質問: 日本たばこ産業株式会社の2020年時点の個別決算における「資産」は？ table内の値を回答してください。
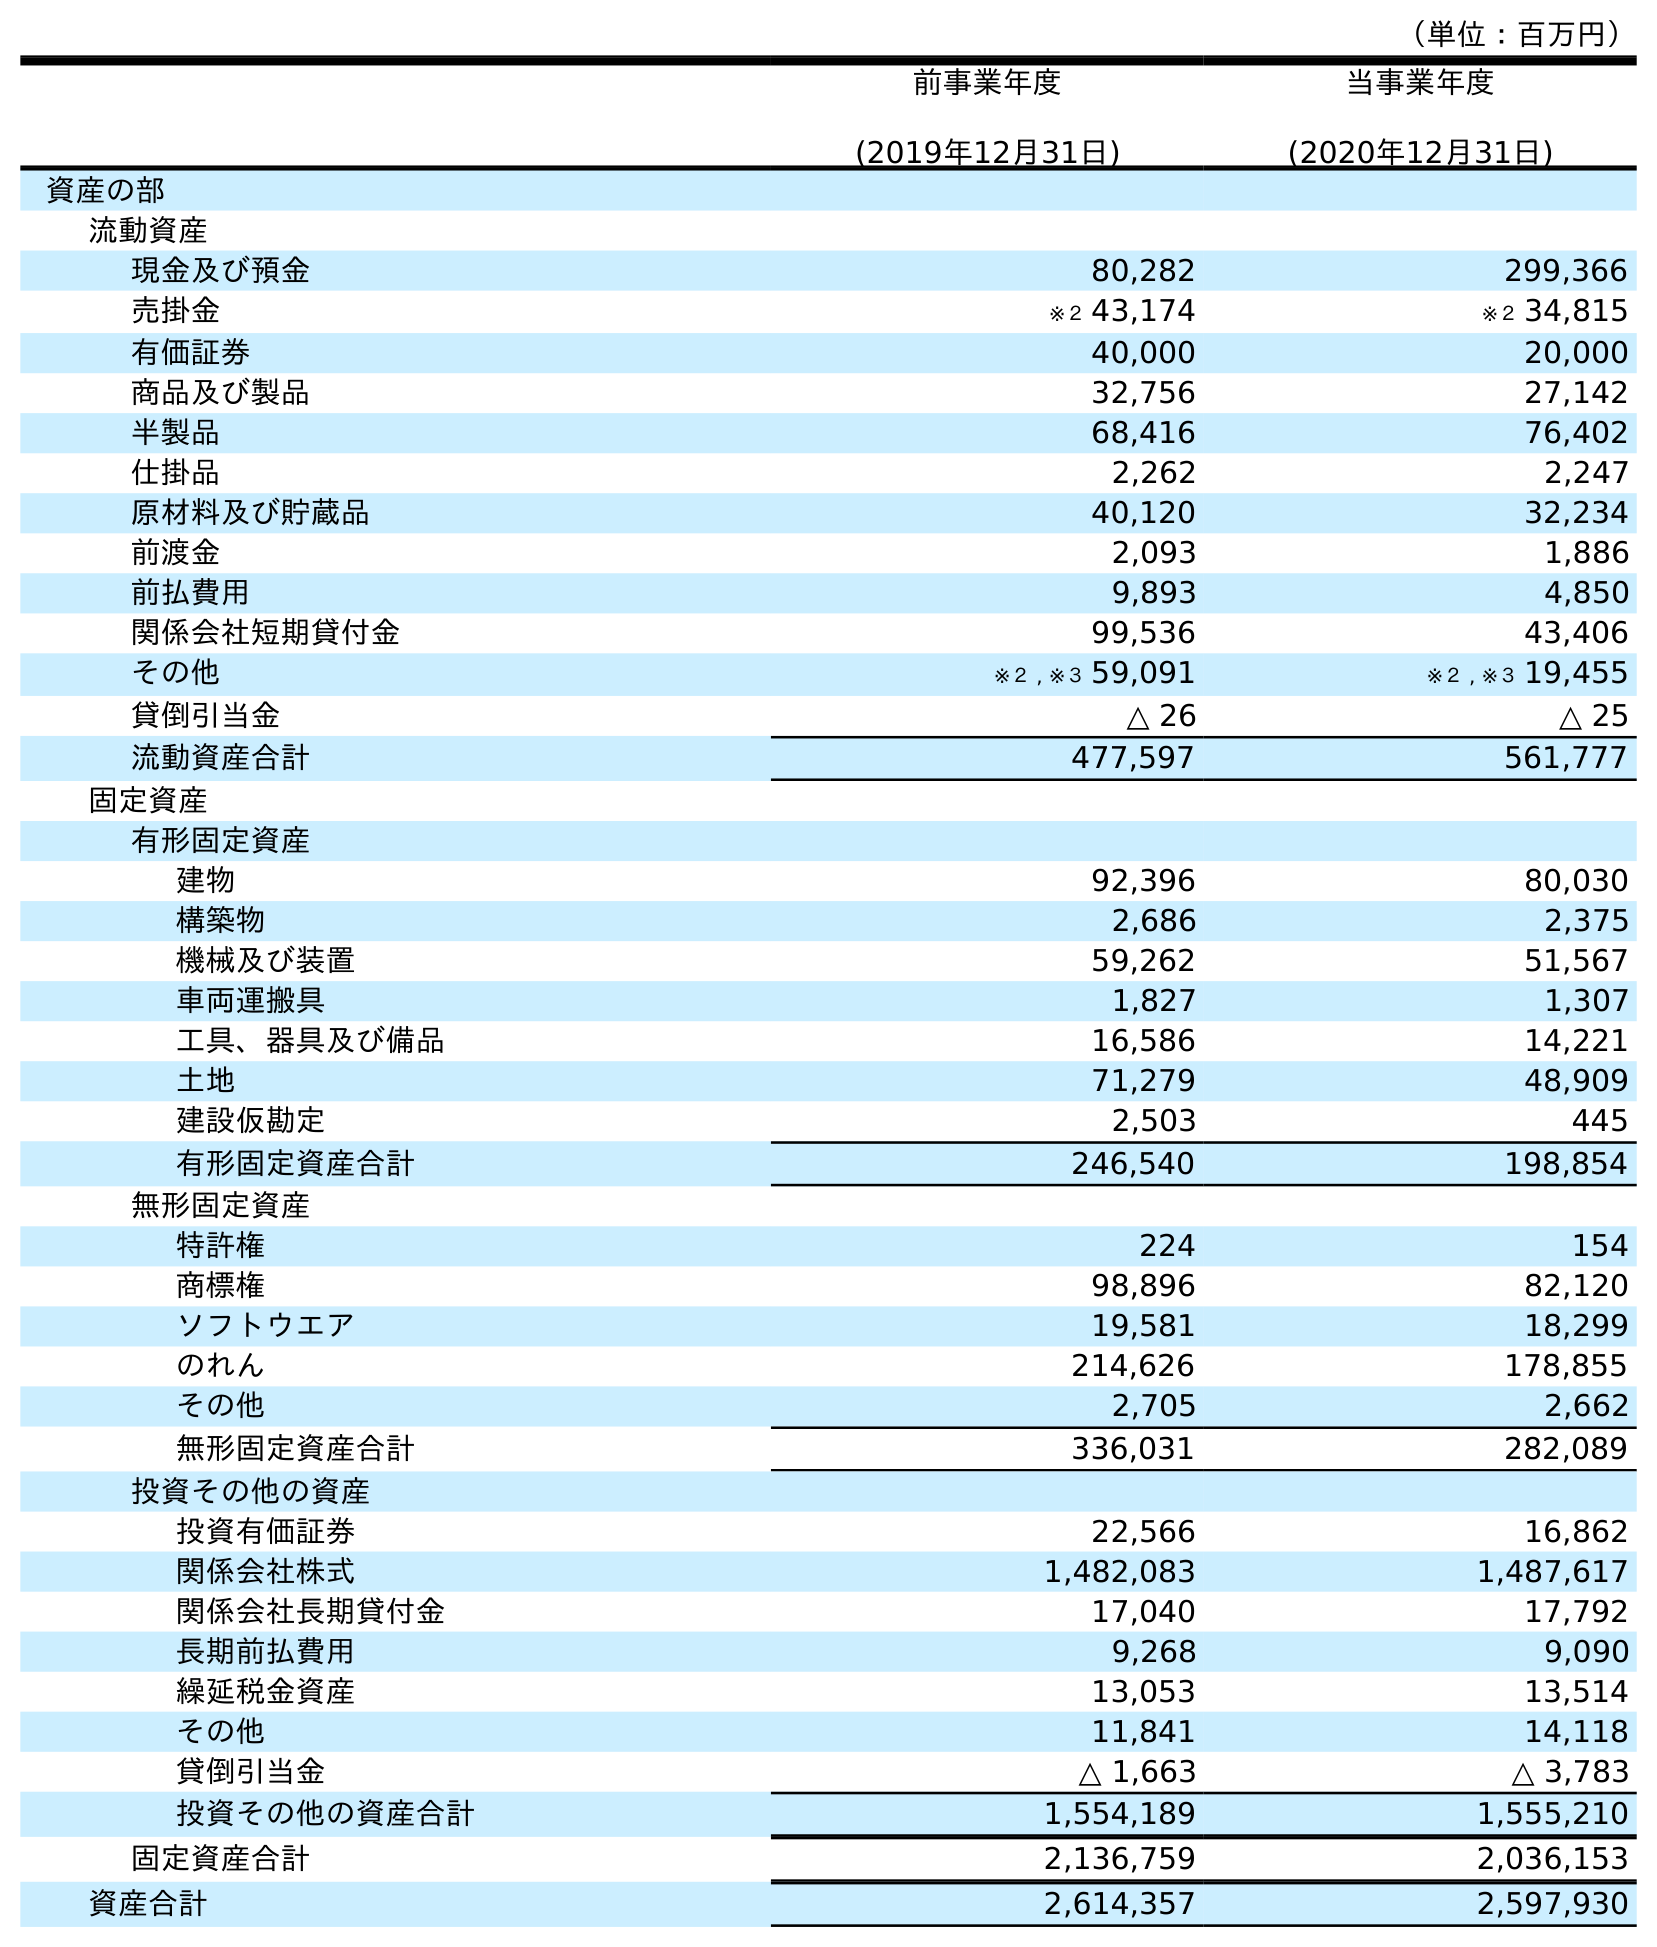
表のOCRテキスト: （単位：百万円） 前事業年度 (2019年12月31日) 当事業年度 (2020年12月31日) 資産の部 流動資産 現金及び預金 80,282 299,366 売掛金 ※２ 43,174 ※２ 34,815 有価証券 40,000 20,000 商品及び製品 32,756 27,142 半製品 68,416 76,402 仕掛品 2,262 2,247 原材料及び貯蔵品 40,120 32,234 前渡金 2,093 1,886 前払費用 9,893 4,850 関係会社短期貸付金 99,536 43,406 その他 ※２ , ※３ 59,091 ※２ , ※３ 19,455 貸倒引当金 △ 26 △ 25 流動資産合計 477,597 561,777 固定資産 有形固定資産 建物 92,396 80,030 構築物 2,686 2,375 機械及び装置 59,262 51,567 車両運搬具 1,827 1,307 工具、器具及び備品 16,586 14,221 土地 71,279 48,909 建設仮勘定 2,503 445 有形固定資産合計 246,540 198,854 無形固定資産 特許権 224 154 商標権 98,896 82,120 ソフトウエア 19,581 18,299 のれん 214,626 178,855 その他 2,705 2,662 無形固定資産合計 336,031 282,089 投資その他の資産 投資有価証券 22,566 16,862 関係会社株式 1,482,083 1,487,617 関係会社長期貸付金 17,040 17,792 長期前払費用 9,268 9,090 繰延税金資産 13,053 13,514 その他 11,841 14,118 貸倒引当金 △ 1,663 △ 3,783 投資その他の資産合計 1,554,189 1,555,210 固定資産合計 2,136,759 2,036,153 資産合計 2,614,357 2,597,930
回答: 2,597,930